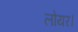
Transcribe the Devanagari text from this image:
लोयर।